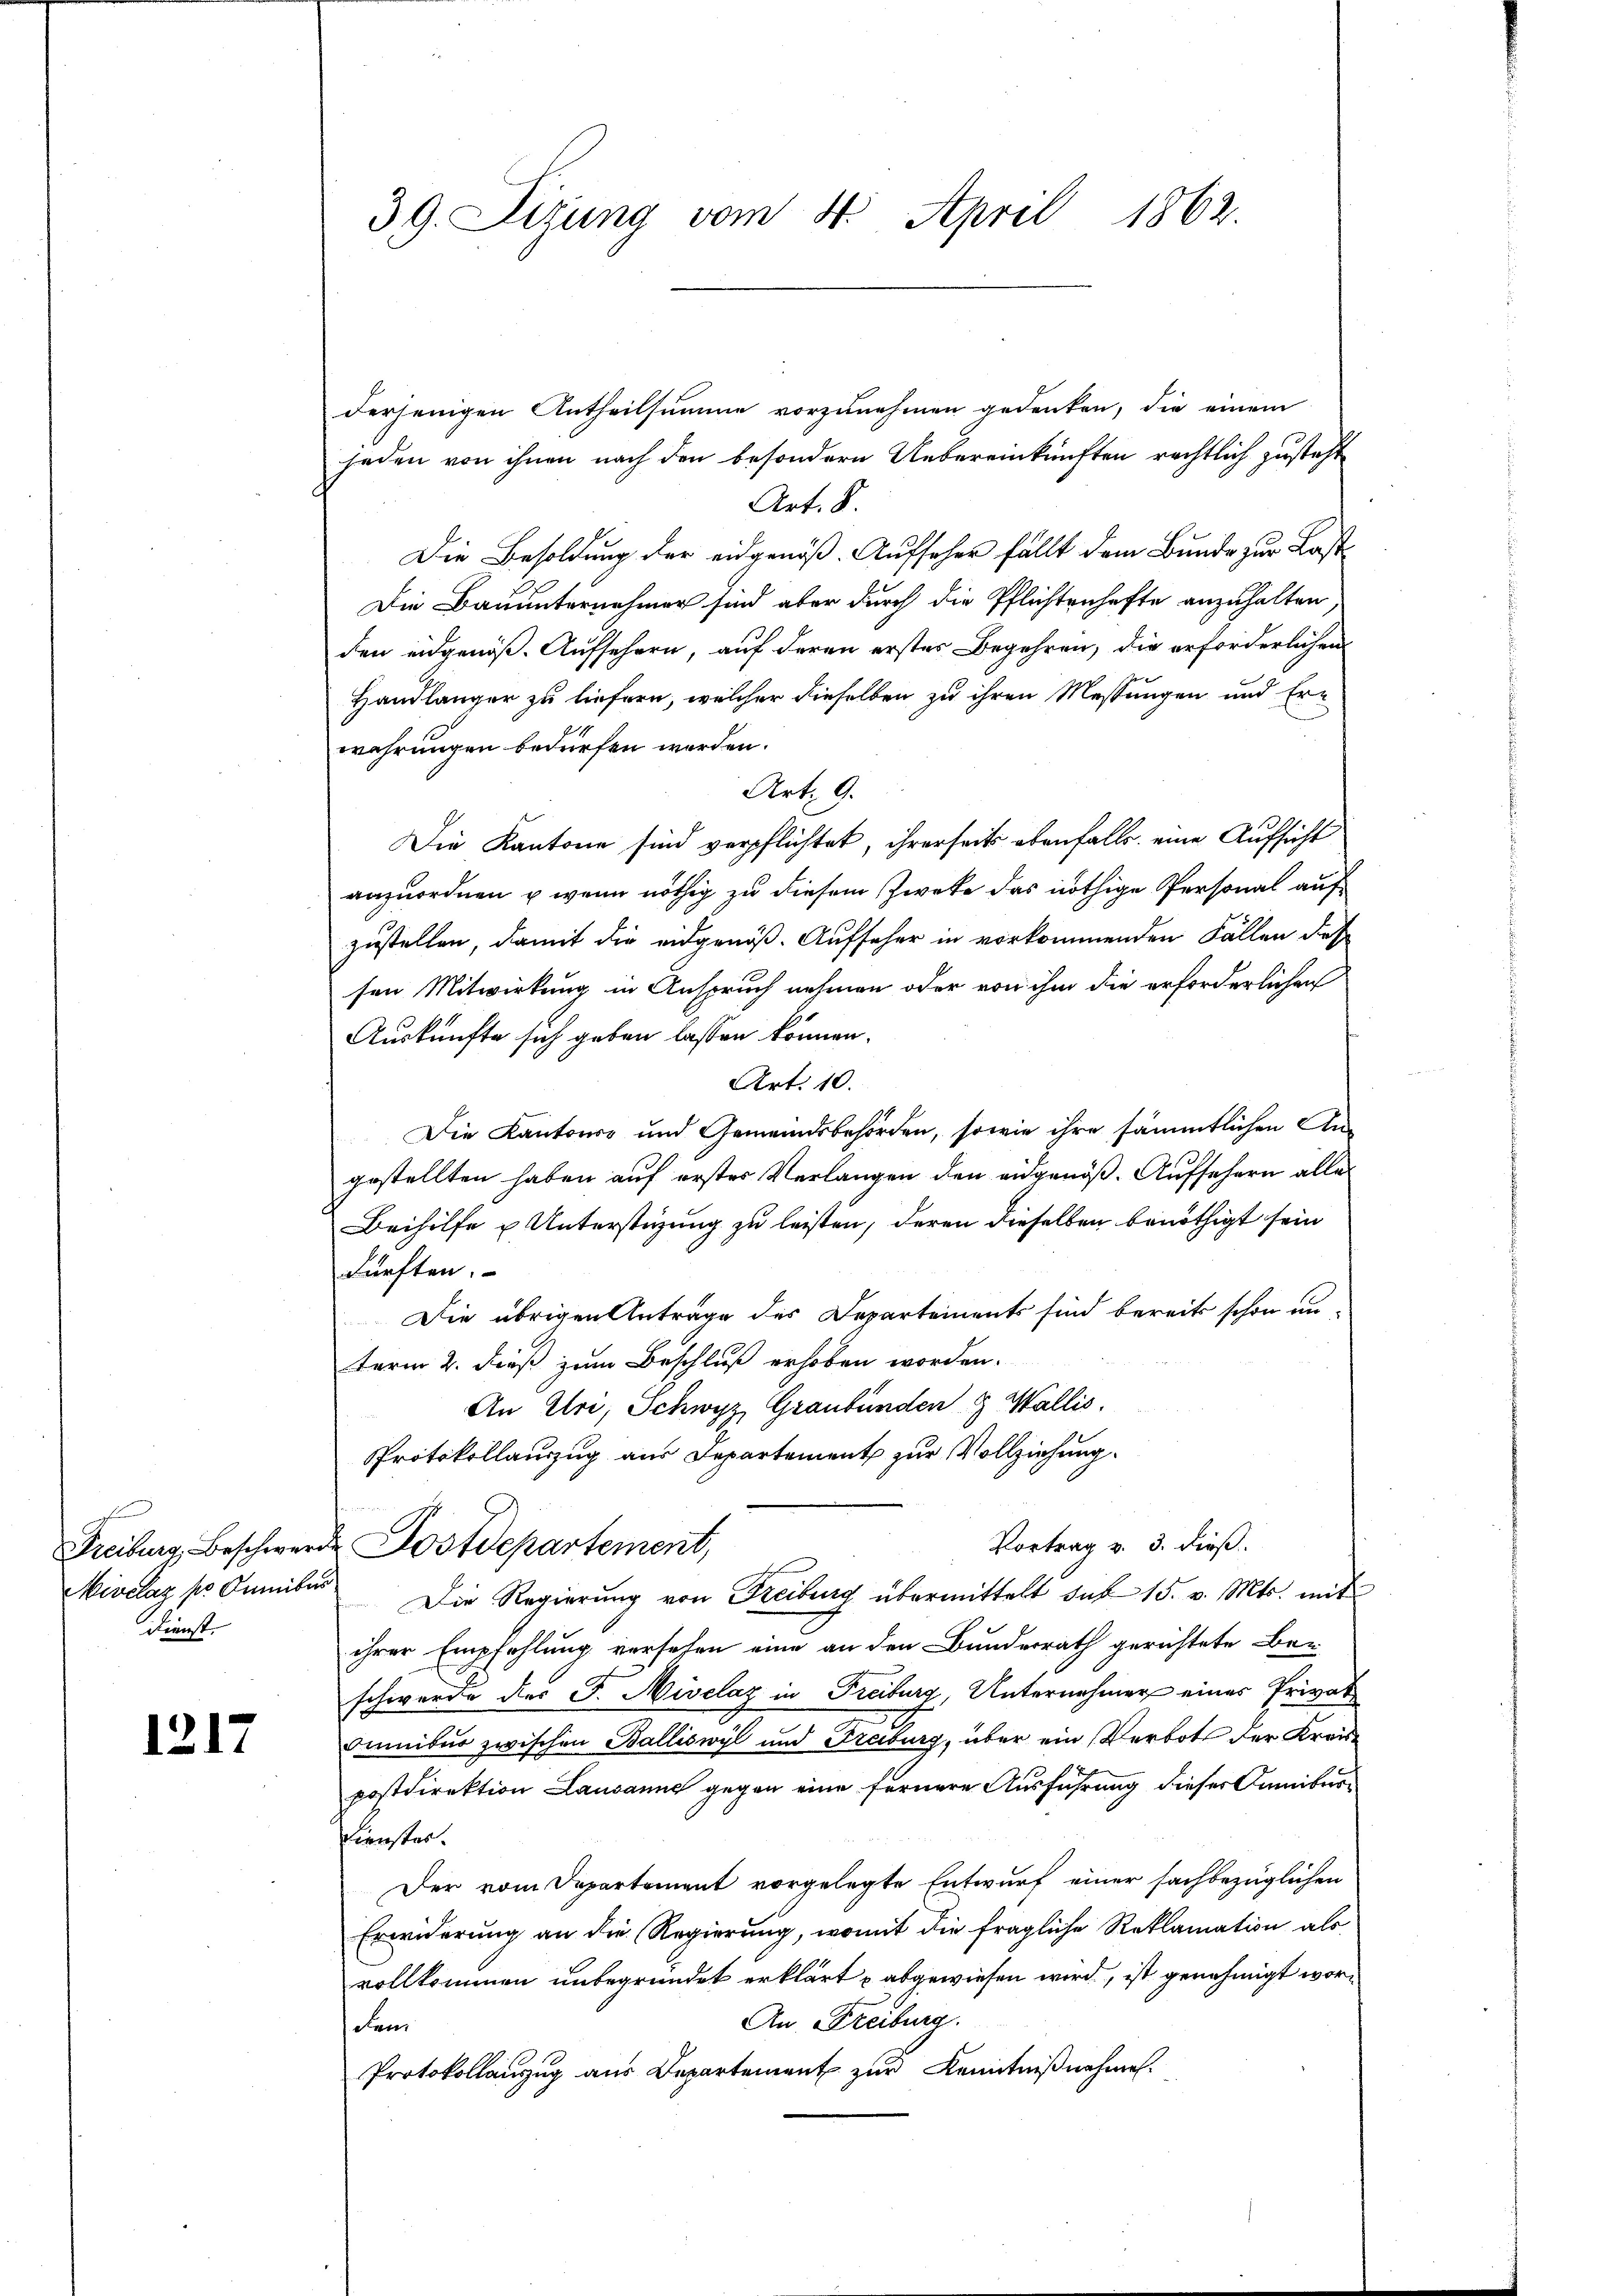
Mivclaz pr Omnibus
Dienst.

1217

39. Dizung vom 4. April 1862.

derjenigen Antheilsumme vorzunehmen gedenken, die einem
jeden von ihnen nach den besondern Uebereinkünften rechtlich zusteht
Art. S.
Die Besoldung der eidgenöß. Aufseher fällt dem Bunde zur Last
Die Bauunternehmer sind aber durch die Pflichtenhafte anzuhalten
den eidgenöß. Aufsehern, auf deren erstes Begehren, die erforderlichen
Handlänger zu liefern, welcher dieselben zu ihren Messungen und Er-
wahrungen bedürfen worden.
Art. 9.
Die Kantone sind verpflichtet, ihrerseits ebenfalls eine Aufsicht
anzuordnen, u. wenn nöthig zu diesem Zwete das nöthige Personal aufzustellen, damit die eidgenöß. Aufseher in vorkommenden Fällen des
sen Mitwirkung in Anspruch nehmen oder von ihm die erforderlichen
Auskünfte sich geben lassen können.
Art. 10.
Die Kantons und Gemeindsbehörden, sowie ihre sämmtlichen Angestellten haben auf erster Verlangen den ausgenöß. Aufsehern alle
Beihilfe u Unterstüzung zu leisten, deren dieselben benöthigt sein
fürften.
Die übrigen Anträge des Departements sind bereits schon un-
term 2. dieß zum Beschluß erhoben worden.
An Ehre, Schwyz, Graubünden & Wallis.
e
Protokollauszug aus Departement zur Vollziehung.
Vortrag v. 3. dieß.
Freiburg, Beschwerde Postdepartement,
Die Regierung von Freiburg übermittelt das 15. v. Mts. mit
ihrer Empfehlung versehen eine an den Bunderrath gerichtete Be-
schwerde des J. Nivelaz in Freiburg, Unternehmer eines Privat
dumitur zwischen Balliswyl und Freiburg, über ein Verbot der Kreispostdirektion Lausanne gegen eine fernere Ausführung dieses Semiber¬
Dienstes.
Der vom Departement vorgelegte Entwurf einer sachbezüglichen
Erwiderung an die Regierung, womit die fragliche Reklamation als
vollkommen unbegründet erklärt u abgewiesen wird, ist genehmigt wor¬
An Freiburg.
den
Protokollanzug aus Departement zur Kenntnißnahmen.